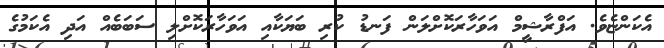
އެކަންޏެވެ. އަފްރާޝީމް އަވަހާރަކޮށްލަން ފަނޑު ކުރި ބަޔަކާއި އަވަހާރަކޮށްލި ސަބަބެއް އަދި އެކަމުގެ